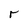
Character: r